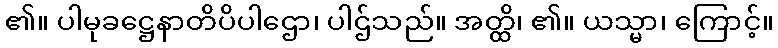
၏။ ပါမုခဋ္ဌေနာတိပိပါဌော၊ ပါဌ်သည်။ အတ္ထိ၊ ၏။ ယသ္မာ၊ ကြောင့်။